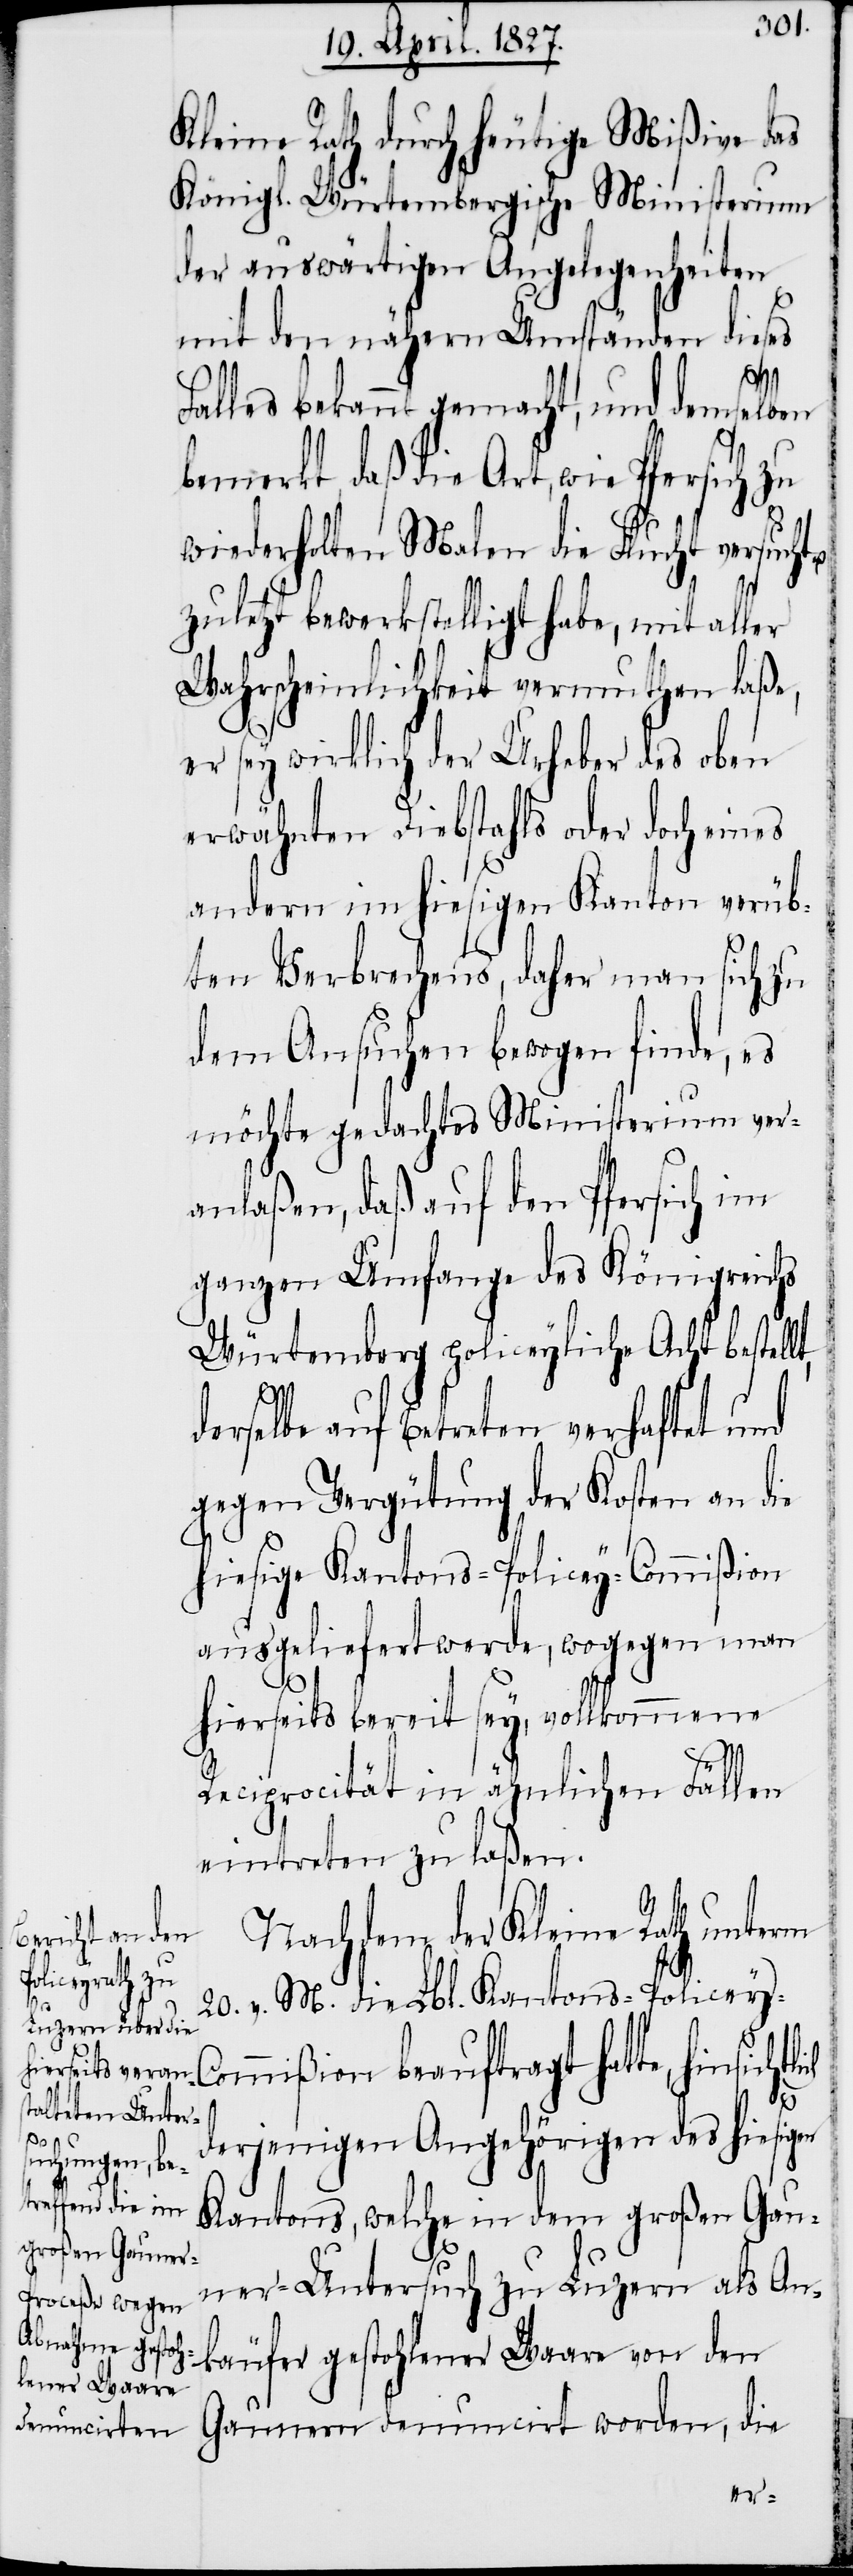
Pfersich zu

Kleine Rath durch heutige Mißive das
Königl. Würtembergische Ministerium
der auswärtigen Angelegenheiten
mit den nähern Umständen dieses
Falles bekannt gemacht, und demselben
bemerkt, daß die Art, wie
wiederholten Malen die Flucht versucht
zuletzt bewerkstelligt habe, mit aller
Wahrscheinlichkeit vermuthen laße,
er sey wirklich der Urheber des oben
erwähnten Diebstahls oder doch eines
andern im hiesigen Kanton verüb¬
ten Verbrechens, daher man sich zu
dem Ansuchen bewogen finde, es
möchte gedachtes Ministerium ver¬
anlaßen, daß auf Pfersich im
ganzen Umfange des Königreichs
Würtemberg policeyliche Acht bestell¬
t,
derselbe auf Betreten verhaftet und
gegen Vergütung der Kosten an die
hiesige Kantons-Policey-Commißion
ausgeliefert werde, wogegen man
hierseits bereit sey, vollkommene
Reciprocität in ähnlichen Fällen
eintreten zu laßen.
Nachdem der Kleine Rath unterm
20. v. M. die Lbl. Kantons-Policey-C¬
ommißion beauftragt hatte, hinsicht¬
lich
derjenigen Angehörigen des hiesigen
Kantons, welche in dem großen Gau¬
ner-Untersuch zu Luzern als An¬
käufer gestohlener Waare von den
Gaunern denuncirt worden, die